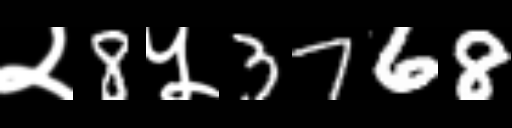
Text: २8५3768